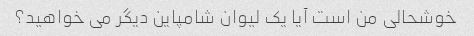
خوشحالی من است آیا یک لیوان شامپاین دیگر می خواهید؟